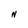
Character: N